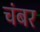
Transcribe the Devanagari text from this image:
चंबर